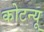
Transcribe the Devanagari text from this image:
कोटन्यू